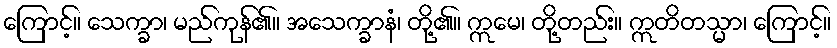
ကြောင့်။ သေက္ခာ၊ မည်ကုန်၏။ အသေက္ခာနံ၊ တို့၏။ ဣမေ၊ တို့တည်း။ ဣတိတသ္မာ၊ ကြောင့်။